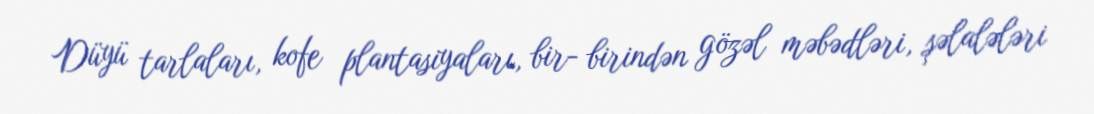
Düyü tarlaları, kofe plantasiyaları, bir- birindən gözəl məbədləri, şəlalələri